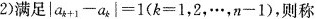
2)满足$$|a_{k+1}-a_{k}|=1(k=1，2，…，n-1)$$，则称